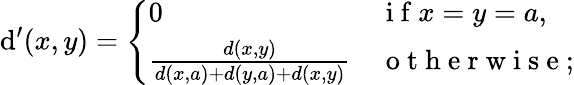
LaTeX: \mathrm{d}^{\prime}(x,y)=\left\{ \begin{array}{ll}{0}&{\mathrm{~i~f~}x=y=a,}\\ {\frac{d(x,y)}{d(x,a)+d(y,a)+d(x,y)}}&{\mathrm{~o~t~h~e~r~w~i~s~e~};}\end{array}\right.